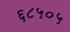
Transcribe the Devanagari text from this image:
६८५०५